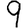
Digit: 9